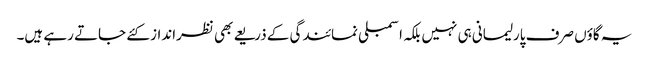
یہ گاؤں صرف پارلیمانی ہی نہیں بلکہ اسمبلی نمائندگی کے ذریعے بھی نظرانداز کئے جاتے رہے ہیں۔